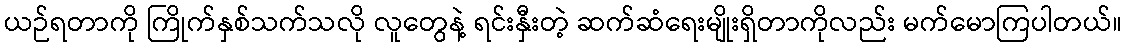
ယဉ်ရတာကို ကြိုက်နှစ်သက်သလို လူတွေနဲ့ ရင်းနှီးတဲ့ ဆက်ဆံရေးမျိုးရှိတာကိုလည်း မက်မောကြပါတယ်။